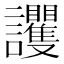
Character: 𧮞